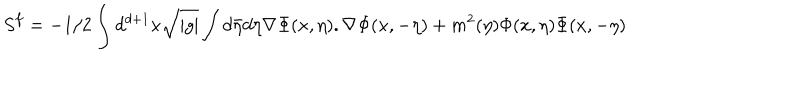
S ^ { f } = - 1 / 2 \int d ^ { d + 1 } x \sqrt { | g | } \int d \bar { \eta } d \eta \nabla \Phi ( x , \eta ) . \nabla \Phi ( x , - \eta ) + m ^ { 2 } ( \eta ) \Phi ( x , \eta ) \Phi ( x , - \eta )